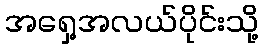
အရှေ့အလယ်ပိုင်းသို့